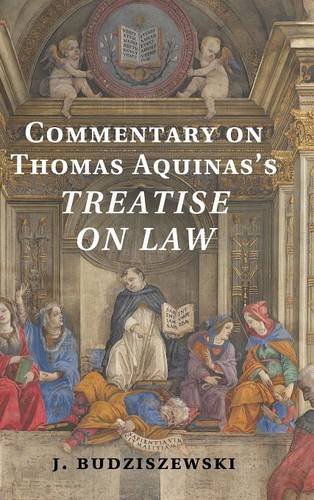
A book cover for Commentary on Thomas Aquinas's Treatise on Law; J. Budziszewski; Law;